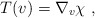
\begin{align*}T(v) = \nabla_v\chi~,\end{align*}